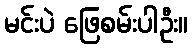
မင်းပဲ ဖြေစမ်းပါဦး။